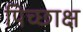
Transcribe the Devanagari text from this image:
पिच्छाक्ष